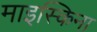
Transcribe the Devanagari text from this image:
माइस्किना